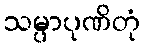
သမ္ပာပုဏိတုံ